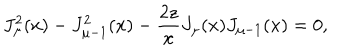
J _ { \mu } ^ { 2 } ( x ) - J _ { \mu - 1 } ^ { 2 } ( x ) - \frac { 2 z } { x } J _ { \mu } ( x ) J _ { \mu - 1 } ( x ) = 0 ,